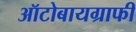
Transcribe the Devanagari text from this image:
ऑटोबायग्राफी